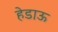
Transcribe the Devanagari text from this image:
हेडाऊ